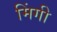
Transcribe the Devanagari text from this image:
मिंगी